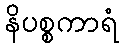
နိပစ္စကာရံ